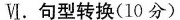
Ⅵ.句型转换(10分)